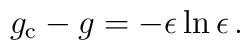
g_{\rm c}-g = -\epsilon\ln\epsilon\, .